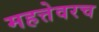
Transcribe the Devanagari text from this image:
महत्तेवरच